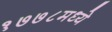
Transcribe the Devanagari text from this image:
१७७८मध्ये